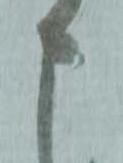
申